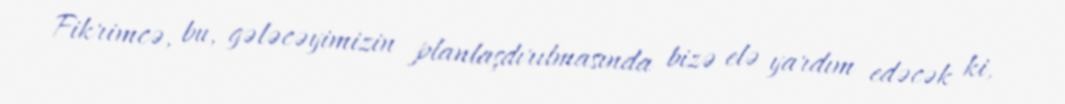
Fikrimcə, bu, gələcəyimizin planlaşdırılmasında bizə elə yardım edəcək ki,